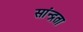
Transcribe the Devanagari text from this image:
सांन्द्रता